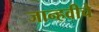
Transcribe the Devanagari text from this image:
जान्हवीचे